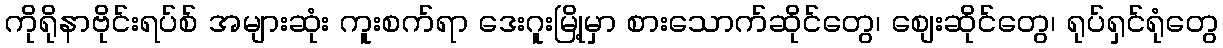
ကိုရိုနာဗိုင်းရပ်စ် အများဆုံး ကူးစက်ရာ ဒေးဂူးမြို့မှာ စားသောက်ဆိုင်တွေ၊ စျေးဆိုင်တွေ၊ ရုပ်ရှင်ရုံတွေ